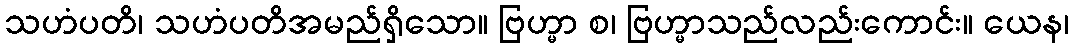
သဟံပတိ၊ သဟံပတိအမည်ရှိသော။ ဗြဟ္မာ စ၊ ဗြဟ္မာသည်လည်းကောင်း။ ယေန၊